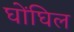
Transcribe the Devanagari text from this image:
घोंघिल